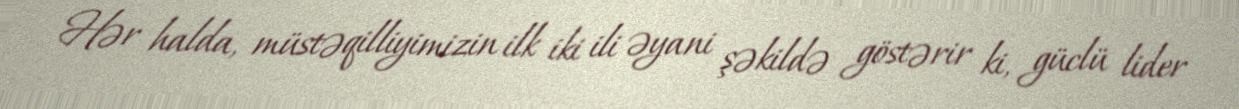
Hər halda, müstəqilliyimizin ilk iki ili əyani şəkildə göstərir ki, güclü lider